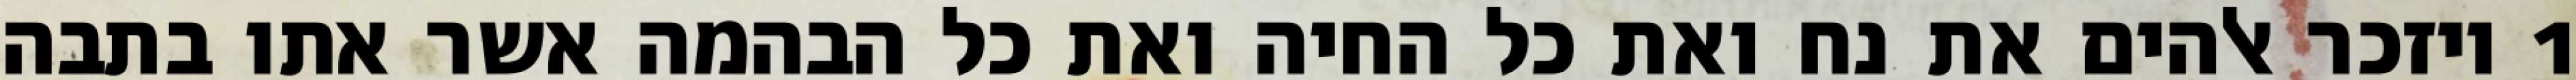
1 ויזכר אלהים את נח ואת כל החיה ואת כל הבהמה אשר אתו בתבה